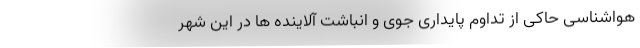
هواشناسی حاکی از تداوم پایداری جوی و انباشت آلاینده ها در این شهر